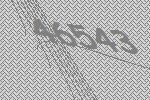
46543